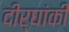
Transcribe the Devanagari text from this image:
दीर्घांकी